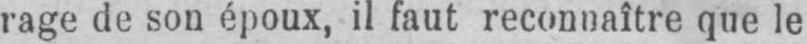
rage de son époux, il faut reconnaître que le